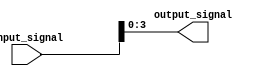
module part_select_assign (
    input [7:0] input_signal,
    output reg [3:0] output_signal
);

always @* begin
    output_signal = input_signal[3:0]; // Assign bits 3 to 0 of input_signal to output_signal
end

endmodule